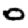
Digit: 0